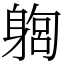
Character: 𨉫